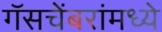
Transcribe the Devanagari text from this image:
गॅसचेंबरांमध्ये